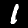
Label: 1